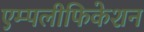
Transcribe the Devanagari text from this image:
एम्पलीफिकेशन